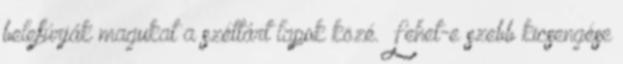
belefúrják magukat a széttárt lapok közé. Lehet-e szebb kicsengése